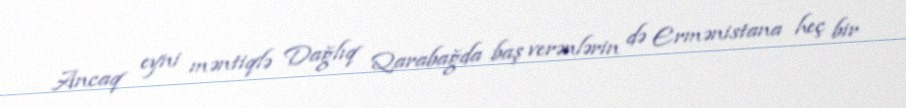
Ancaq eyni məntiqlə Dağlıq Qarabağda baş verənlərin də Ermənistana heç bir